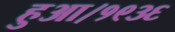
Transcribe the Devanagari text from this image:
हुआ।१९३६